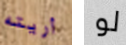
أريته لو